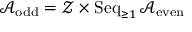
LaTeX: { \mathcal { A } } _ { \mathrm { o d d } } = { \mathcal { Z } } \times \operatorname { S e q } _ { \geq 1 } { \mathcal { A } } _ { \mathrm { e v e n } }